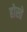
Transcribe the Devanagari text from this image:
होस्ते